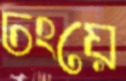
ঢংয়ে